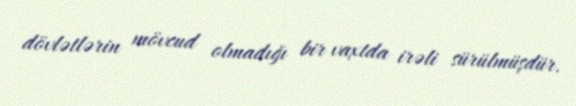
dövlətlərin mövcud olmadığı bir vaxtda irəli sürülmüşdür.